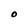
Character: O